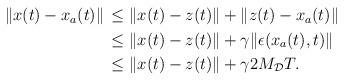
LaTeX: \begin{align*}\begin{aligned}\|x(t)-x_a(t)\| &\,\le \|x(t)-z(t)\| + \|z(t)-x_a(t)\| \\&\, \le \|x(t)-z(t)\|+\gamma \|\epsilon(x_a(t),t)\| \\&\, \le \|x(t)-z(t)\|+\gamma 2M_\mathcal{D} T.\end{aligned}\end{align*}